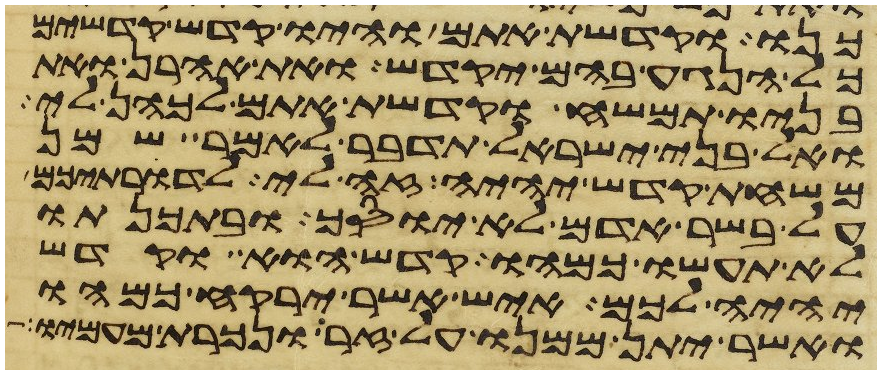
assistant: כנו וקדשת אתם והיו קדש קדשים
כל הנגע בהם יקדש ואת אהרן ואת
בניו תמשח וקדשת אתם לכהן לי
ואל בני ישראל תדבר לאמר שמן
משחת קדש יהיה זה לי לדרתיכם
על בשר אדם לא יוסך ובתכנתו
לא תעשו כמהו קדש הוא וקדש
יהיה לכם איש אשר ירקח כמהו
ואשר יתן ממנו על זר ונכרת מעמיו